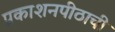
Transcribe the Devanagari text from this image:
प्रकाशनपीठाची